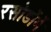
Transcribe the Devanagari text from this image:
रसोडोंमें